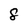
Character: 8